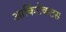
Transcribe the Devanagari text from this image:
आर्किटेकटस